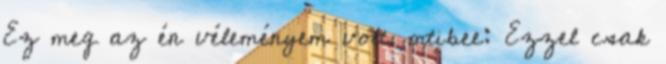
Ez meg az én véleményem volt. mtibee: Ezzel csak